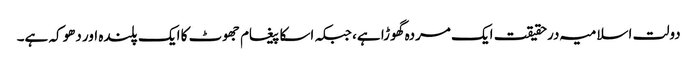
دولت اسلامیہ درحقیقت ایک مردہ گھوڑا ہے، جبکہ اسکا پیغام جھوٹ کا ایک پلندہ اور دھوکہ ہے۔